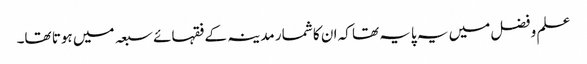
علم و فضل میں یہ پایہ تھا کہ ان کا شمار مدینہ کے فقہائے سبعہ میں ہوتا تھا۔